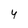
Character: 4